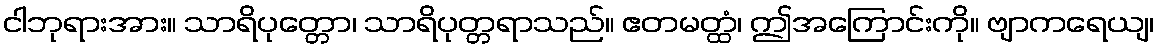
ငါဘုရားအား။ သာရိပုတ္တော၊ သာရိပုတ္တရာသည်။ ဧတမတ္ထံ၊ ဤအကြောင်းကို။ ဗျာကရေယျ၊